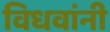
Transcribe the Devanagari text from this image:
विधवांनी